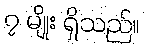
၇ မျိုး ရှိသည်။